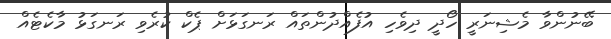
ބޭނުންވާ މެޝިނަރީ ހޯދީ ދިވެހި އުފެއްދުންތައް ރަނގަޅަށް ޕެކް ކުރެވި ރަނގަޅު މާކެޓެއް